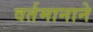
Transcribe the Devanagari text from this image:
वर्तमानाने